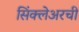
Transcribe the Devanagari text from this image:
सिंक्लेअरची